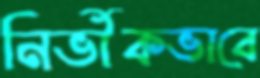
নির্ভীকভাবে